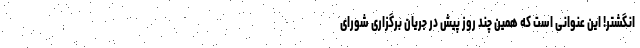
انگشتر! این عنوانی است که همین چند روز پیش در جریان برگزاری شورای